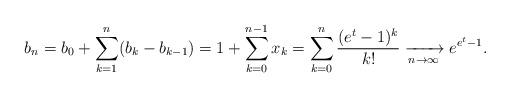
LaTeX: \begin{align*} b_n= b_0+\sum_{k=1}^n (b_k-b_{k-1})= 1+ \sum_{k=0}^{n-1} x_k = \sum_{k=0}^n\frac{(e^t-1)^k}{k!} \xrightarrow[n \to \infty]{} e^{e^t-1}.\end{align*}